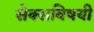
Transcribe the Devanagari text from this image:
सेक्सविषयी